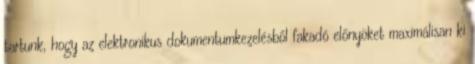
tartunk, hogy az elektronikus dokumentumkezelésből fakadó előnyöket maximálisan ki